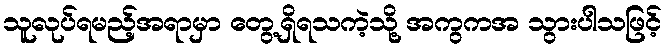
သူလုပ်ရမည့်အရာမှာ တွေ့ရှိရသကဲ့သို့ အကွကအ သွားပါသဖြင့်